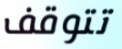
تتوقف